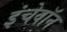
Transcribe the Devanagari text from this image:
इंचेवॉन